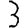
Digit: 3